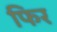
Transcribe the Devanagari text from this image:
फिर